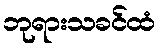
ဘုရားသခင်ထံ